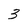
Character: 3